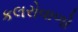
કલરોવાળો